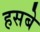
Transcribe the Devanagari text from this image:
हसबे